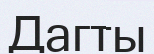
Дагты